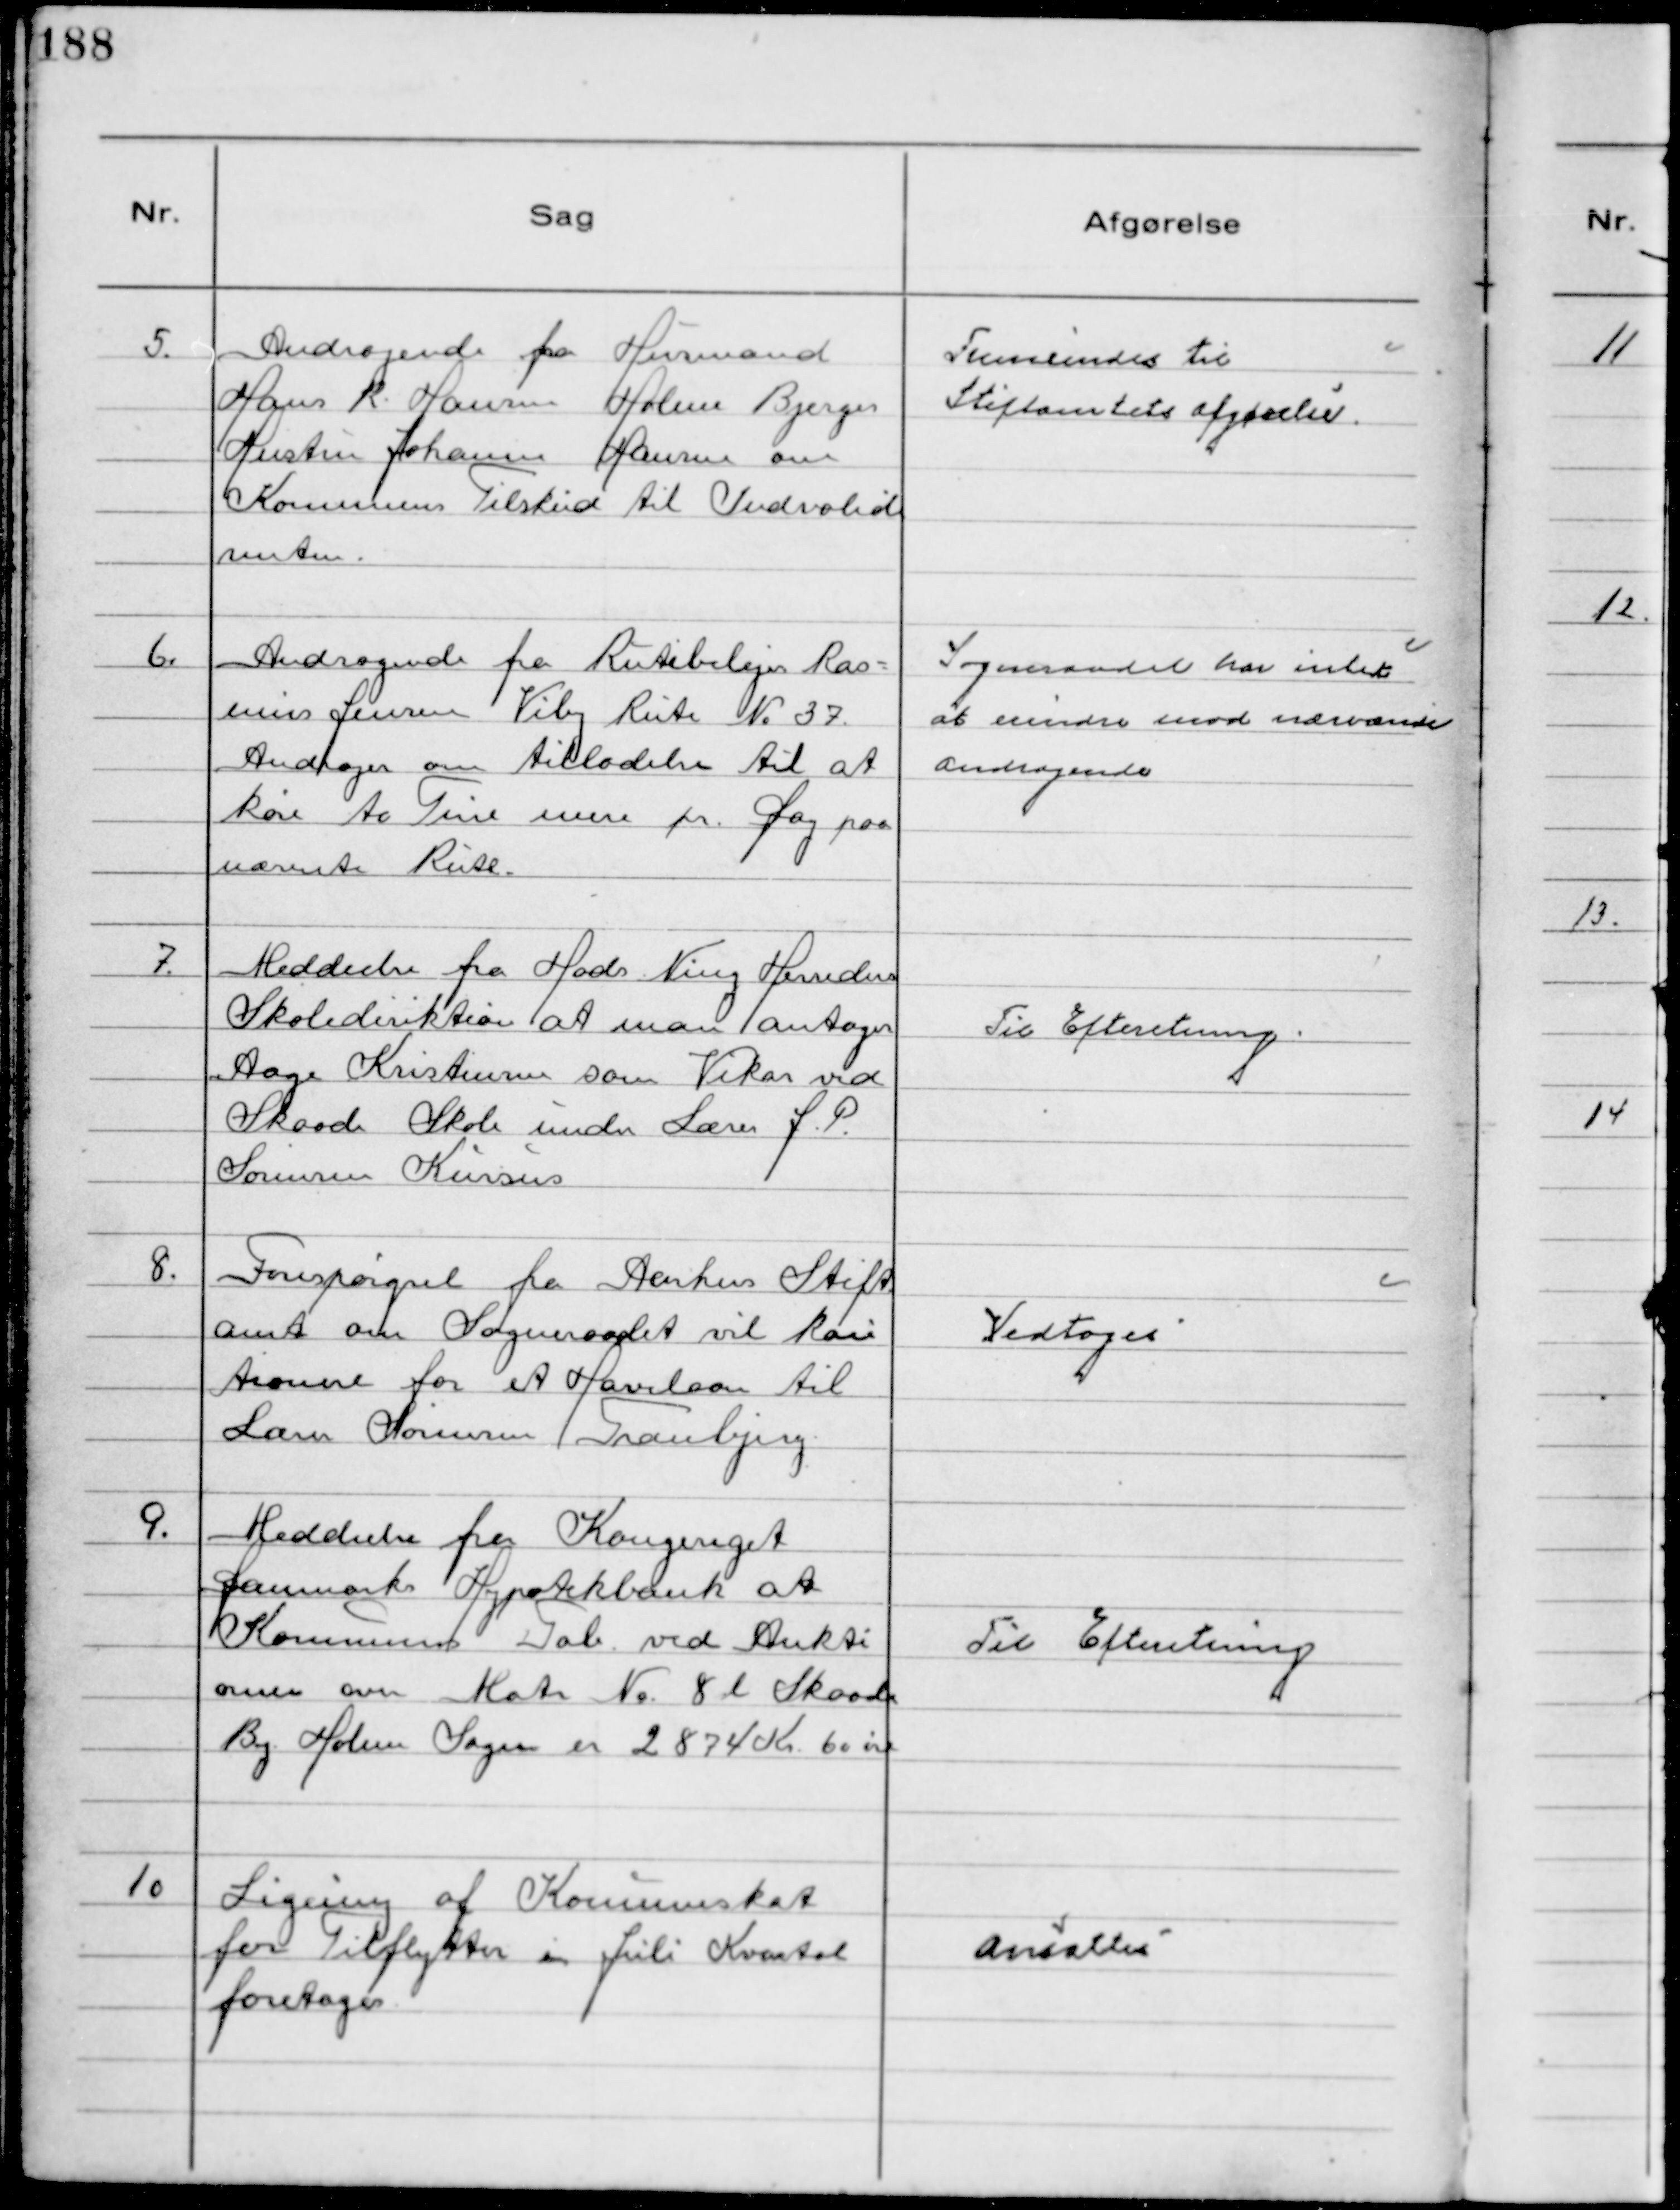
Transskription:
5.
Andragende fra Husmand
Hans R. Hansen Holme Bjerges
Hustru Johanne Hansen om
Kommunens Tilskud til Indvalid
renten.

Fremsendes til
Stiftamtets afgørelse

6.
Andragende fra Rutebilejer Ras-
mus Jensen Viby Rute №37.
Andrager om tilladelse til at
køre to Ture mere pr. Dag paa
nævnte Rute.

Sogneraadet har intet
at erindre mod nærværende
Andragende

7.
Meddeelse fra Hads Ning Herreders
Skolediriktion at man antager
Aage Kristensen som Vikar ved
Skaade Skole under Lærer J. P.
Sørensen Kursus

Til Efteretning

8.
Forespørgsel fra Aarhus Stift
amt om Sogneraadet vil kau
tionere for et Havelaan til
Lærer Sørensen Tranbjerg

Vedtoges

9.
Meddeelse fra Kongeriget
Danmarks Hypotekbank at
Kommunens Tab ved Aukti
onen over Matr № 8 l Skaade
By Holme Sogn er 2874 Kr 60 øre

Til Efteretning

10
Ligning af Kommuneskat
for Tilflytter i Juli Kvartal
foretages

Ansattes